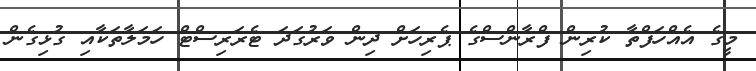
މީގެ އެއްހަފްތާ ކުރިން ފްރާންސްގެ ޕެރިހަށް ދިން ވަރުގަދަ ޓެރަރިސްޓް ހަމަލާތަކާއި ގުޅިގެން